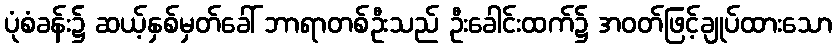
ပုံစံခန်း၌ ဆယ့်နှစ်မှတ်ခေါ် ဘာရာတစ်ဦးသည် ဦးခေါင်းထက်၌ အဝတ်ဖြင့်ချုပ်ထားသော